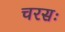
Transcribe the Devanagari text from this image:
चरसः